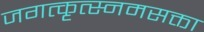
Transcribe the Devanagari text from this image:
जगत्कृत्स्नमसक्ता